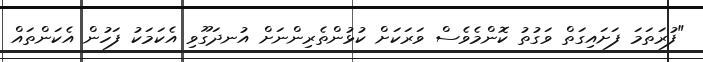
"ފުރަތަމަ ފަށައިގަތް ވަގުތު ކޮންމެވެސް ވަރަކަށް ކުޅުންތެރިންނަށް އުނދަގޫވި އެކަމަކު ފަހުން އެކަންތައް